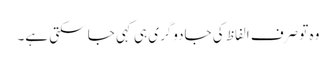
وہ تو صرف الفاظ کی جادوگری ہی کہی جا سکتی ہے۔